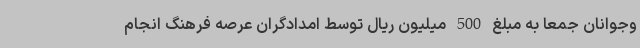
وجوانان جمعا به مبلغ 500 میلیون ریال توسط امدادگران عرصه فرهنگ انجام